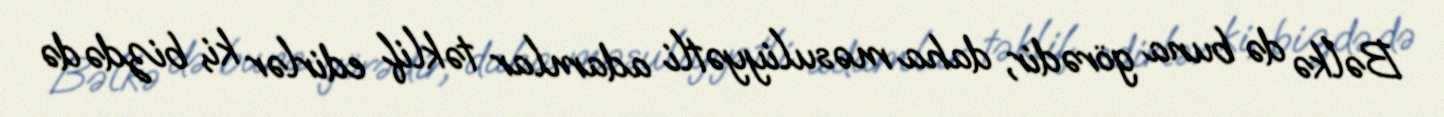
Bəlkə də buna görədir, daha məsuliyyətli adamlar təklif edirlər ki, bizdə də